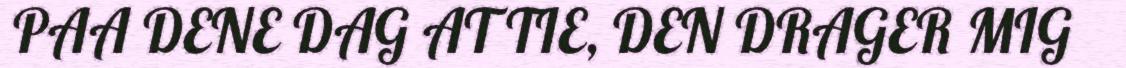
PAA DENE DAG AT TIE, DEN DRAGER MIG